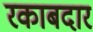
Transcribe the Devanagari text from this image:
रकाबदार